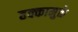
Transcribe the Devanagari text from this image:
हक्कामुळे